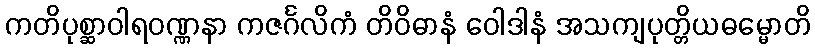
ကတိပုစ္ဆာဝါရဝဏ္ဏနာ ကဇင်္ဂလိကံ တိဝိဓာနံ ဝေါဒါနံ အသကျပုတ္တိယဓမ္မောတိ